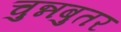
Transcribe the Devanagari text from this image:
चुन्नबुतर